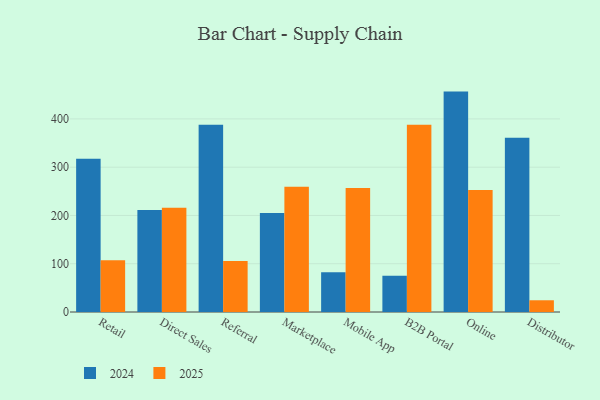
{"axis": {"x": "Channel", "y": "Production Output"}, "legend": ["2024", "2025"], "data": [{"x": "Retail", "y": 107.3, "type": "2025"}, {"x": "Retail", "y": 317.5, "type": "2024"}, {"x": "Direct Sales", "y": 216.2, "type": "2025"}, {"x": "Direct Sales", "y": 211.3, "type": "2024"}, {"x": "Referral", "y": 105.4, "type": "2025"}, {"x": "Referral", "y": 387.7, "type": "2024"}, {"x": "Marketplace", "y": 259.4, "type": "2025"}, {"x": "Marketplace", "y": 205.1, "type": "2024"}, {"x": "Mobile App", "y": 256.8, "type": "2025"}, {"x": "Mobile App", "y": 82.6, "type": "2024"}, {"x": "B2B Portal", "y": 387.7, "type": "2025"}, {"x": "B2B Portal", "y": 75.0, "type": "2024"}, {"x": "Online", "y": 252.9, "type": "2025"}, {"x": "Online", "y": 456.6, "type": "2024"}, {"x": "Distributor", "y": 24.3, "type": "2025"}, {"x": "Distributor", "y": 360.9, "type": "2024"}]}